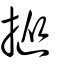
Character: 摐